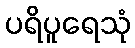
ပရိပူရေသုံ